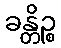
ခန္တိဉ္စ